Report of the Indian Hemp Drugs Commission, 1894-1895 - Volume IV
Year: 1894
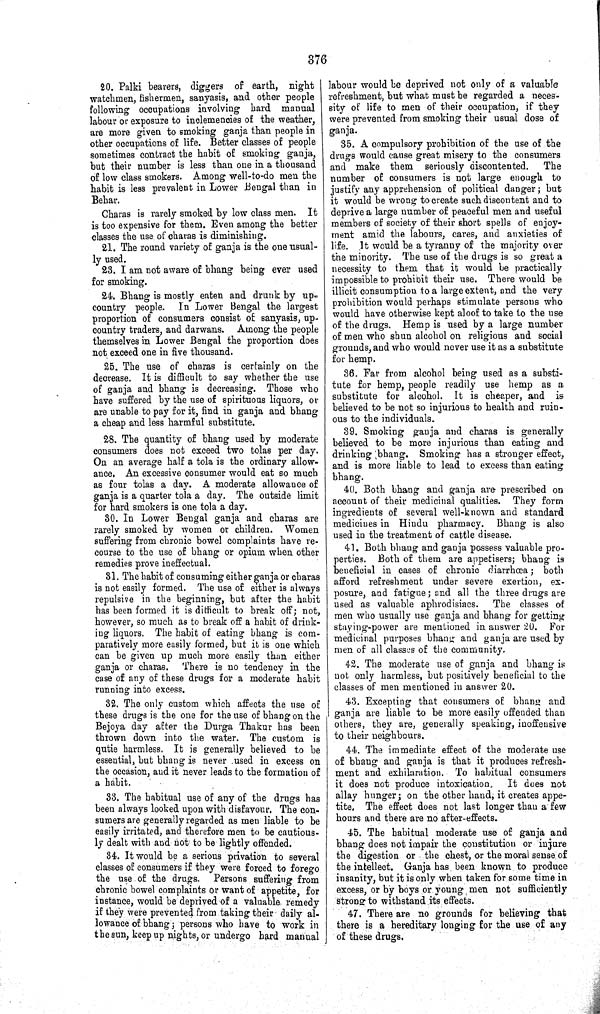
376
20. Palki bearers, diggers of earth, night
watchmen, fishermen, sanyasis, and other people
following occupations involving hard manual
labour or exposure to inclemencies of the weather,
are more given to smoking ganja than people in
other occupations of life. Better classes of people
sometimes contract the habit of smoking ganja,
but their number is less than one in a thousand
of low class smokers. Among well-to-do men the
habit is less prevalent in Lower Bengal than in
Behar.
Charas is rarely smoked by low class men. It
is too expensive for them. Even among the better
classes the use of charas is diminishing.
21. The round variety of ganja is the one usual-
ly used.
23. I am not aware of bhang being ever used
for smoking.
24. Bhang is mostly eaten and drunk by up-
country people. In Lower Bengal the largest
proportion of consumers consist of sanyasis, up-
country traders, and darwans. Among the people
themselves in Lower Bengal the proportion does
not exceed one in five thousand.
25. The use of charas is certainly on the
decrease. It is difficult to say whether the use
of ganja and bhang is decreasing. Those who
have suffered by the use of spirituous liquors, or
are unable to pay for it, find in ganja and bhang
a cheap and less harmful substitute.
28. The quantity of bhang used by moderate
consumers does not exceed two tolas per day.
On an average half a tola is the ordinary allow-
ance. An excessive consumer would eat so much
as four tolas a day. A moderate allowance of
ganja is a quarter tola a day. The outside limit
for hard smokers is one tola a day.
30. In Lower Bengal ganja and charas are
rarely smoked by women or children. Women
suffering from chronic bowel complaints have re-
course to the use of bhang or opium when other
remedies prove ineffectual.
31. The habit of consuming either ganja or charas
is not easily formed. The use of either is always
repulsive in the beginning, but after the habit
has been formed it is difficult to break off; not,
however, so much as to break off a habit of drink-
ing liquors. The habit of eating bhang is com-
paratively more easily formed, but it is one which
can be given up much more easily than either
ganja or charas. There is no tendency in the
case of any of these drugs for a moderate habit
running into excess.
32. The only custom which affects the use of
these drugs is the one for the use of bhang on the
Bejoya day after the Durga Thakur has been
thrown down into the water. The custom is
qutie harmless. It is generally believed to be
essential, but bhang is never used in excess on
the occasion, and it never leads to the formation of
a habit.
33. The habitual use of any of the drugs has
been always looked upon with disfavour. The con-
sumers are generally regarded as men liable to be
easily irritated, and therefore men to be cautious-
ly dealt with and not to be lightly offended.
34. It would be a serious privation to several
classes of consumers if they were forced to forego
the use of the drugs. Persons suffering from
chronic bowel complaints or want of appetite, for
instance, would be deprived of a valuable remedy
if they were prevented from taking their daily al-
lowance of bhang; persons who have to work in
the sun, keep up nights, or undergo hard manual
labour would be deprived not only of a valuable
refreshment, but what must be regarded a neces-
sity of life to men of their occupation, if they
were prevented from smoking their usual dose of
ganja.
85. A compulsory prohibition of the use of the
drugs would cause great misery to the consumers
and make them seriously discontented.
The
number of consumers is not large enough to
justify any apprehension of political danger; but
it would be wrong to create such discontent and to
deprive a large number of peaceful men and useful
members of society of their short spells of enjoy-
ment amid the labours, cares, and anxieties of
life. It would be a tyranny of the majority over
the minority. The use of the drugs is so great a
necessity to them that it would be practically
impossible to prohibit their use. There would be
illicit consumption to a large extent, and the very
prohibition would perhaps stimulate persons who
would have otherwise kept aloof to take to the use
of the drugs. Hemp is used by a large number
of men who shun alcohol on religious and social
grounds, and who would never use it as a substitute
for hemp.
36. Far from alcohol being used as a substi-
tute for hemp, people readily use hemp as a
substitute for alcohol. It is cheaper, and is
believed to be not so injurious to health and ruin-
ous to the individuals.
89. Smoking ganja and charas is generally
believed to be more injurious than eating and
drinking bhang. Smoking has a stronger effect,
and is more liable to lead to excess than eating
bhang.
40. Both bhang and ganja are prescribed on
account of their medicinal qualities. They form
ingredients of several well-known and standard
medicines in Hindu pharmacy. Bhang is also
used in the treatment of cattle disease.
41. Both bhang and ganja possess valuable pro-
perties. Both of them are appetisers; bhang is
beneficial in cases of chronic diarrhœa; both
afford refreshment under severe exertion, ex-
posure, and fatigue; and all the three drugs are
used as valuable aphrodisiacs. The classes of
men who usually use ganja and bhang for getting
staying-power are mentioned in answer 20. For
medicinal purposes bhang and ganja are used by
men of all classes of the community.
42. The moderate use of ganja and bhang is
not only harmless, but positively beneficial to the
classes of men mentioned in answer 20.
43. Excepting that consumers of bhang and
ganja are liable to be more easily offended than
others, they are, generally speaking, inoffensive
to their neighbours.
44. The immediate effect of the moderate use
of bhang and ganja is that it produces refresh-
ment and exhilaration. To habitual consumers
it does not produce intoxication.
It does not
allay hunger; on the other hand, it creates appe-
tite. The effect does not last longer than a few
hours and there are no after-effects.
45. The habitual moderate use of ganja and
bhang does not impair the constitution or injure
the digestion or the chest, or the moral sense of
the intellect. Ganja has been known to produce
insanity, but it is only when taken for some time in
excess, or by boys or young men not sufficiently
strong to withstand its effects.
47. There are no grounds for believing that
there is a hereditary longing for the use of any
of these drugs.